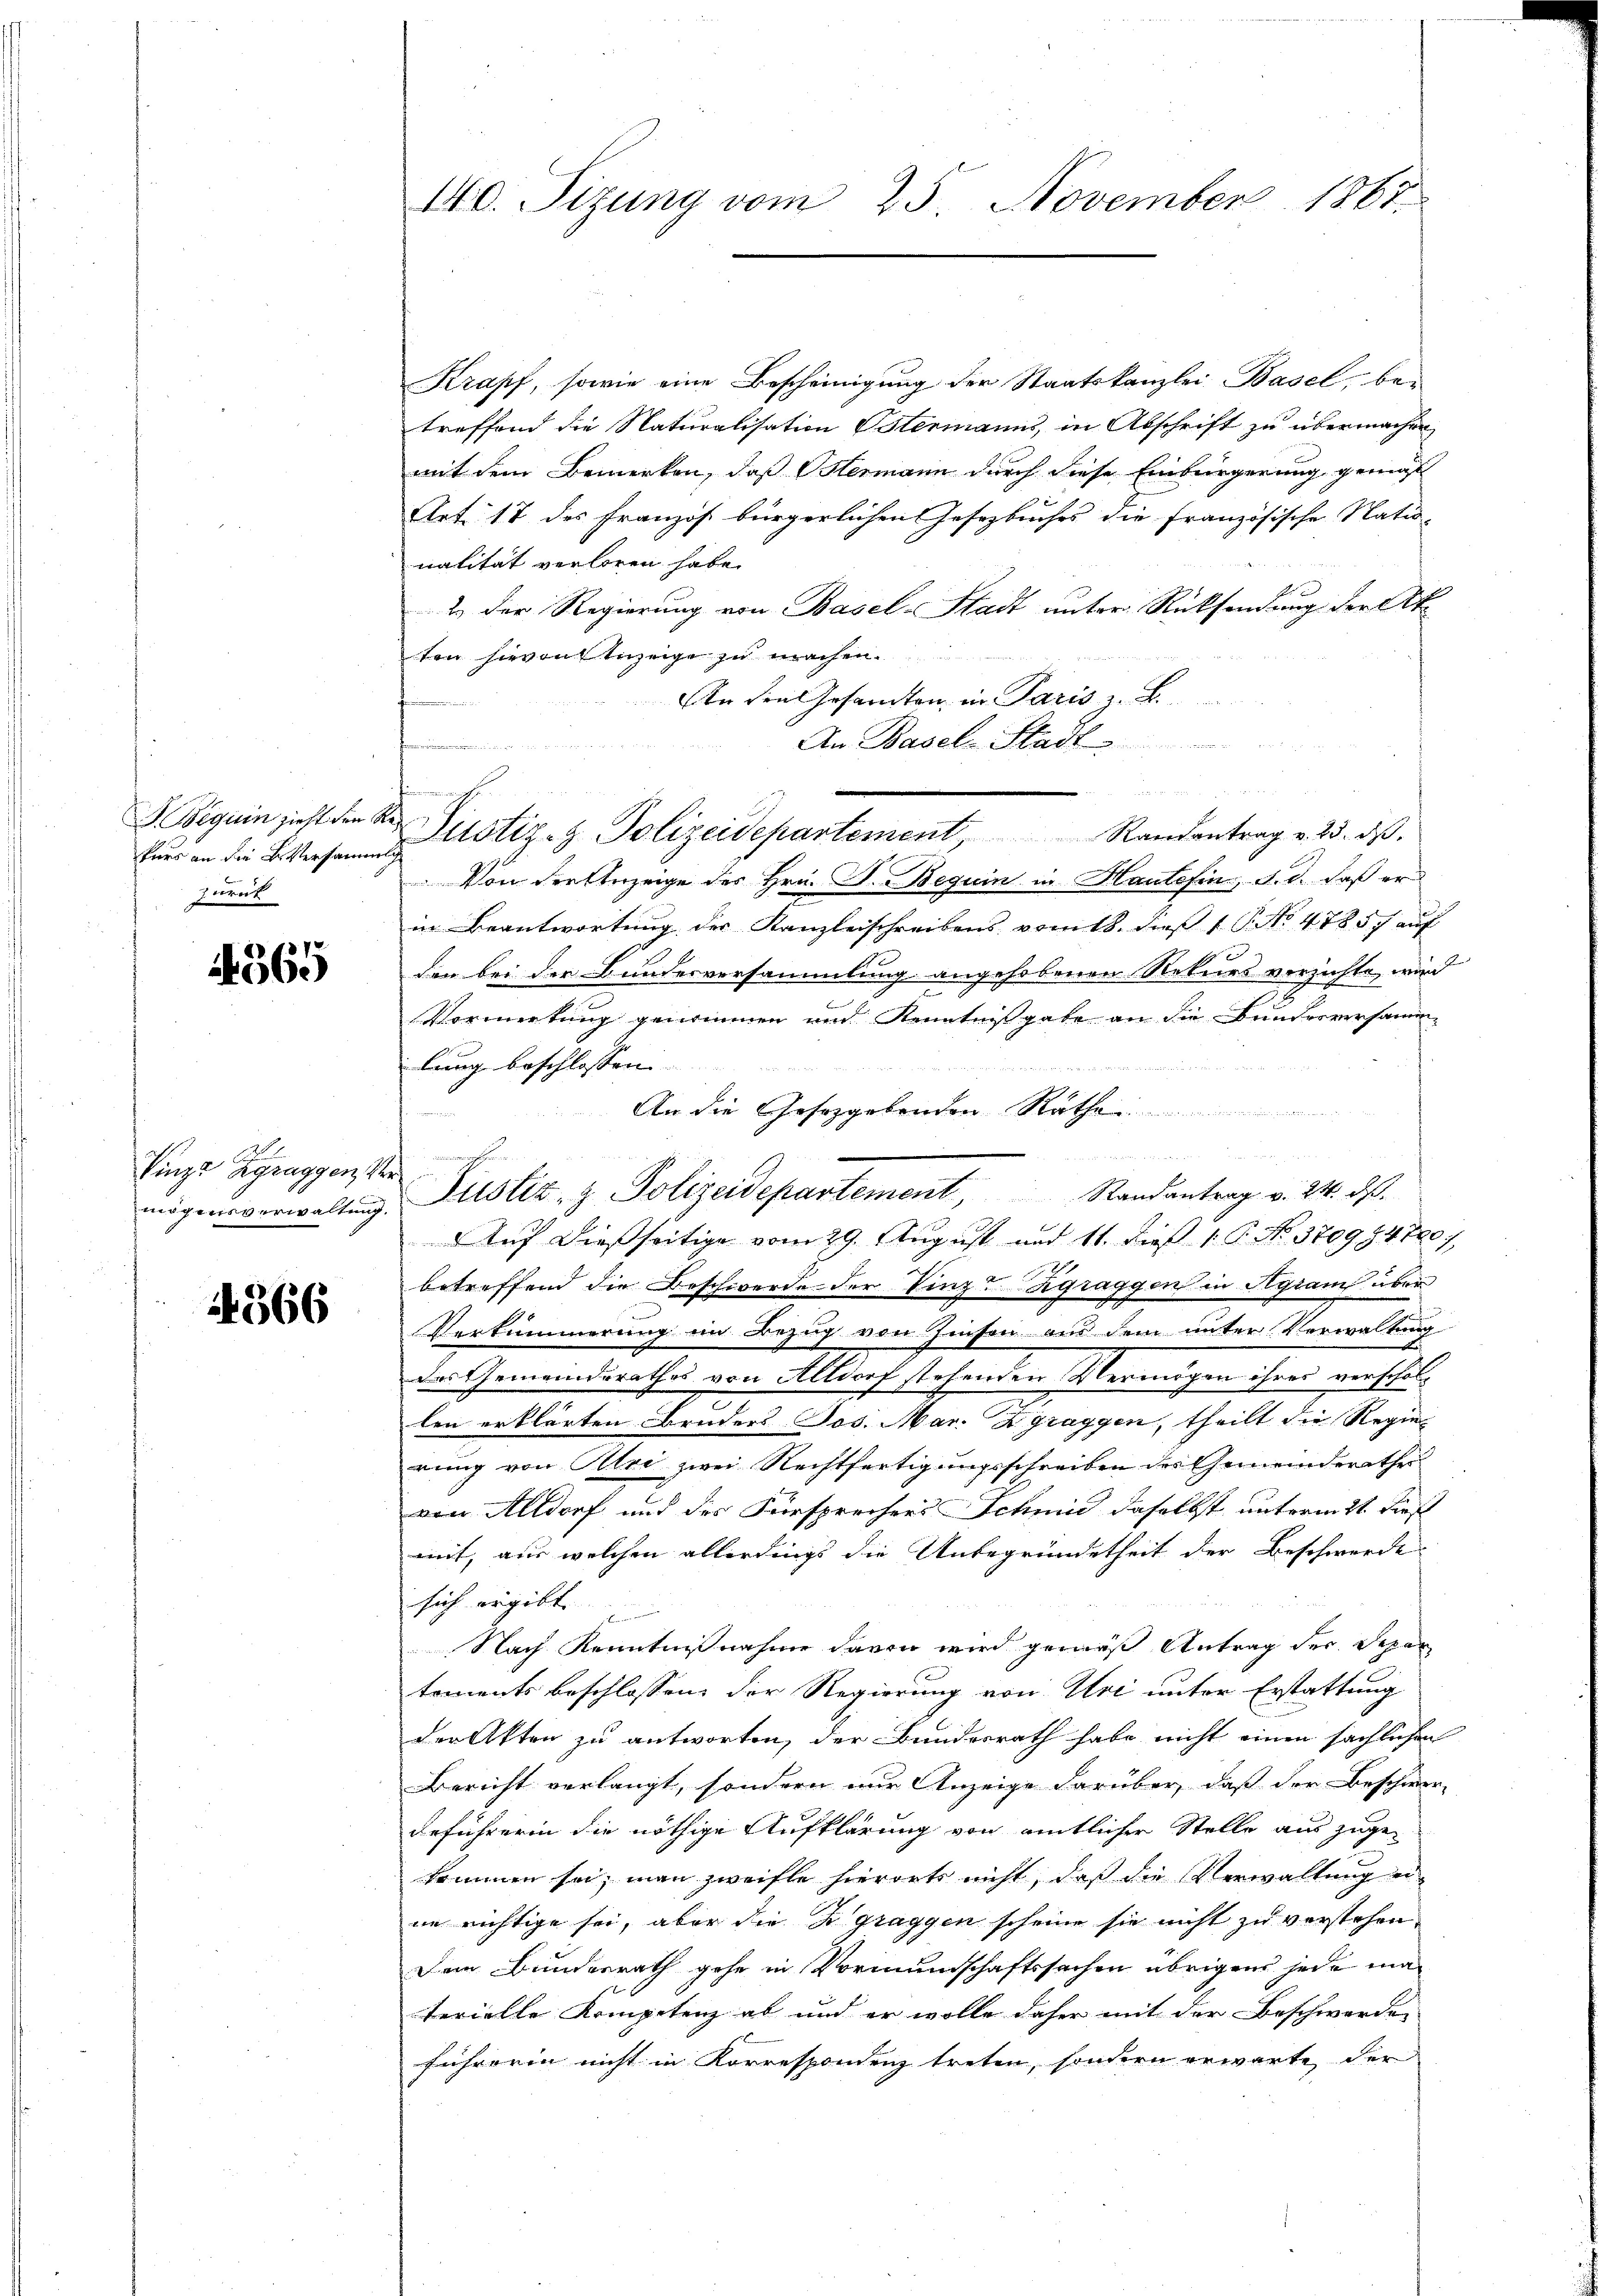
kurs an die Versammlich
zurück

565

F
Singe Zgraggen der

4366

Krapf, sowie eine Bescheinigung der Staatskanzlei Basel, betreffend die Naturalisation Östermanns, in Abschrift zu übermachen
mit dem Bemerken, daß Hermann durch diese Einbürgerung gemäs
Art. 17 des Französ bürgerlichen Gesetzbuches die Französische Natu-
nalität verloren habe.
2. der Regierung von Basel-Stadt unter Rücksendung der At
ten hievon Anzeige zu machen.
An den Gesandten, in Paris z. B.
An Basel-Stadt
u
n
Von der Anzeige des Hrn. S. Beguin in Hautofin, d. d. daß er
in Beantwortung des Kanzleischreibens vom 18. dies 1 S. No. 47857 auf
den bei die Bundesversammlung angehobenen Rekurs verzichte, wird
s
B
Vormerkung genommen und Kenntnissgabe an die Bundesversamm-
bung beschlossen. |

An die Gesetzgebenden Rathe
ne, welche der
Randantrag v. 24. ds.
mögensverwaltung. Justiz- & Polizeidepartement,
Auf dießseitige vom 29. August und 11. dieß 1. P. No. 370984780),
betreffend die Beschwerde der Vinz-Zgraggen in Agram über
n
Verkümmerung im Bezug von Zinsen aus dem unter Verwaltung
das Gemeindsrathes von Altdorf stehenden Vermögen ihrer verschallen erklärten Bruders Jos. Mar. Zgraggen, theilt die Regie
rung von Uri zwei Rechtfertigungsschreiben des Gemeinderathe
von Altdorf und des Fürsprechers Schmid daselbst unterm 21. First
mit, aus welchen allerdings die Unbegründetheit der Beschwerde
sich ergibt. |
Nach Kenntnißnahme davon wird gemäß Antrag der Depar
tements beschlossen der Regierung von Uri unter Erstattung
der Akten zu antworten, der Bundesrath habe nicht einen sächlichen
Bericht verlangt, sondern wir Anzeige darüber, daß der Beschwer-
deführerin die nöthige Aufklärung von amtlicher Stelle aus zuge-
kommen sei, man zweifte hierorts nicht, daß die Verwaltung eine richtige sei, aber die Zgraggen scheine sie nicht zu verstehen,
Dem Bundesrath gehe in Vormundschaftssachen übrigens jede materielle Kompetenz ab und er wolle daher mit der Beschwerden
führeren nicht in Korrespondenz treten, sondern erwarte der

140. Sizung vom 25. November 1867.

I. Beguin zieht den Reitstiz- & Polizeidepartement, Randantrag v. 23. dβ.